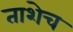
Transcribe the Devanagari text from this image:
ताशेच